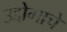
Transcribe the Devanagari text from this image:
उद्दोगाचे